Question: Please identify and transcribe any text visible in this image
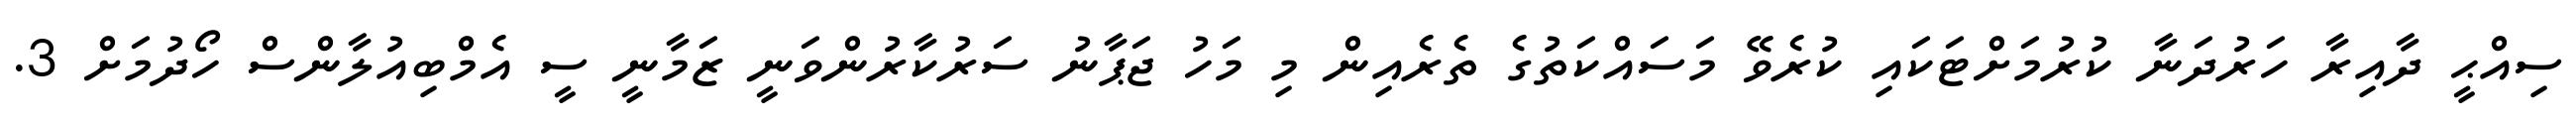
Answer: ސިއްޙީ ދާއިރާ ހަރުދަނާ ކުރުމަށްޓަކައި ކުރެވޭ މަސައްކަތުގެ ތެރެއިން މި މަހު ޖަޕާނު ސަރުކާރުންވަނީ ޒަމާނީ ސީ އެމްބިއުލާންސް ހޯދުމަށް 3.